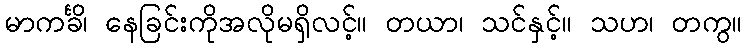
မာကင်္ခိ၊ နေခြင်းကိုအလိုမရှိလင့်။ တယာ၊ သင်နှင့်။ သဟ၊ တကွ။